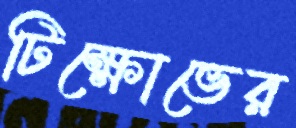
টিক্ষোভের